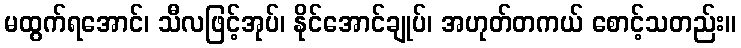
မထွက်ရအောင်၊ သီလဖြင့်အုပ်၊ နိုင်အောင်ချုပ်၊ အဟုတ်တကယ် စောင့်သတည်း။